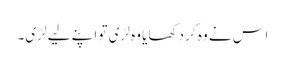
اس نے وہ کر دکھایا وہ لڑی تو اپنے لیے لڑی۔